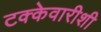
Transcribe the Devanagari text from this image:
टक्केवारीशी